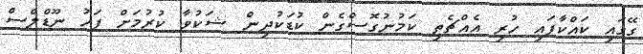
ގޭގައި ކައްކާފައި ހުރި އެއްޗެތި ކަމުނުގޮސްގެން ކުޑަކުދިން ޝަކުވާ ކުރުމަށް ފަހު ނޫޑްލްސް